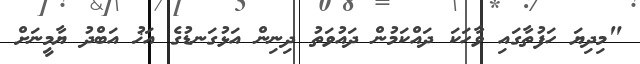
"މިދިޔަ ހަފުތާގަައި ވާހަކަ ދައްކަމުން ދައުވަތު ދިނިން އަޅުގަނޑުގެ އަޚު އަބްދު ޔާމީނަށް